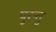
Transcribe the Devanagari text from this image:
पुरन्तु